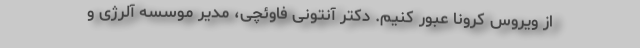
از ویروس کرونا عبور کنیم. دکتر آنتونی فاوئچی، مدیر موسسه آلرژی و